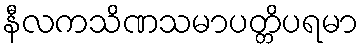
နီလကသိဏသမာပတ္တိပရမာ